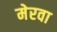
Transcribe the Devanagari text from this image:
मेरवा